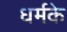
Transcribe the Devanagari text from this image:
धर्मके